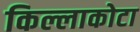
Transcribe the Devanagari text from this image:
किल्लाकोटा